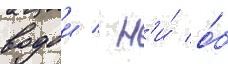
водои / н'и́ о́б